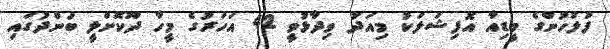
ފުލުހުންގެ މީޑިއާ އޮފިޝަލަކު މިއަދު ވިދާޅުވީ 42 އަހަރުގެ މީހާ ދޫކޮށްލީ ބަންދުގައި